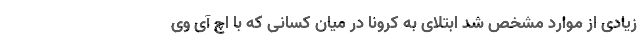
زیادی از موارد مشخص شد ابتلای به کرونا در میان کسانی که با اچ آی وی